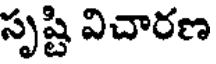
సృష్టి విచారణ